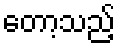
တော့သည့်